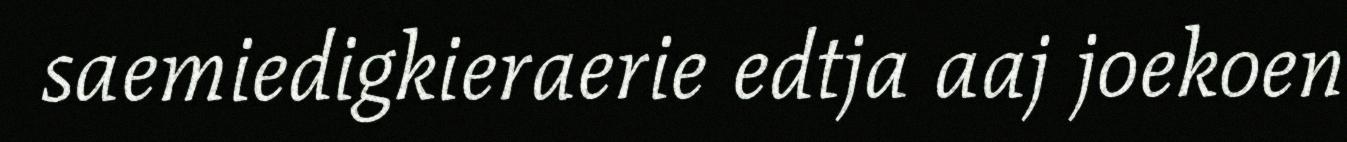
saemiedigkieraerie edtja aaj joekoen